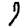
Digit: 7